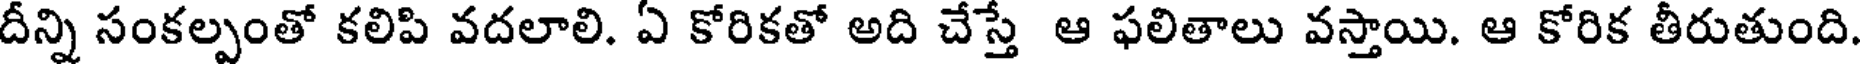
దీన్ని సంకల్పంతో కలిపి వదలాలి. ఏ కోరికతో అది చేస్తే ఆ ఫలితాలు వస్తాయి. ఆ కోరిక తీరుతుంది